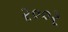
૨૦૦ર